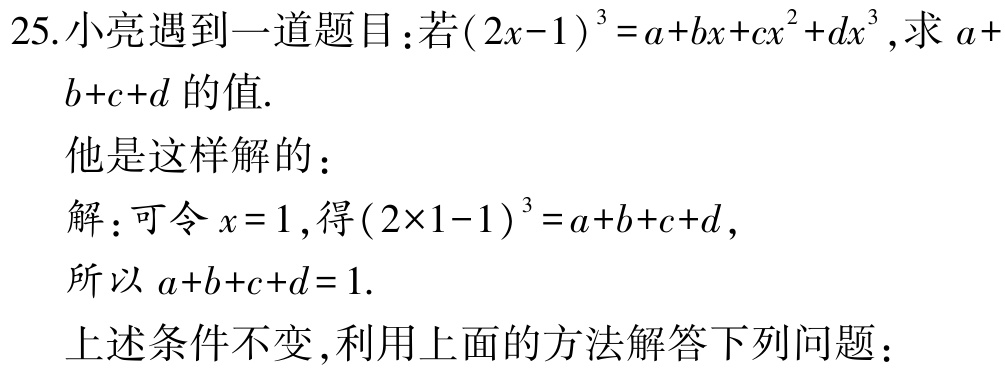
25.小亮遇到一道题目：若\((2x - 1)^3 = a + bx + cx^2 + dx^3\),求 \(a + b + c + d\)的值.

他是这样解的：

解：可令 \(x = 1\),得\((2\times1 - 1)^3 = a + b + c + d\),

所以 \(a + b + c + d = 1\).

上述条件不变,利用上面的方法解答下列问题：